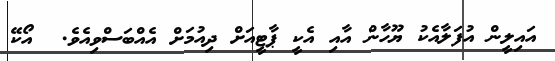
އައިލީން އުފަލާއެކު ޔޫހާން އާއި އެކީ ޕާޓީއަށް ދިއުމަށް އެއްބަސްވިއެވެ.  އޯކޭ